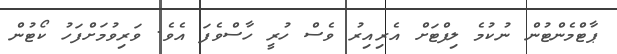
ޕާޓްމެންޓުން ނުކުމެ ލިފްޓަށް އެރިއިރު ވެސް ހުރީ ހާސްވެފަ އެވެ. ވަރިވުމަށްފަހު ކޯޓުން